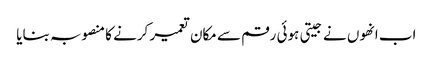
اب انھوں نے جیتی ہوئی رقم سے مکان تعمیر کرنے کا منصوبہ بنایا